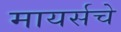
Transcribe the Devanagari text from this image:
मायर्सचे